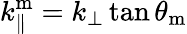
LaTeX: k_{\parallel}^{\mathrm{m}}=k_{\perp}\tan\theta_{\mathrm{m}}